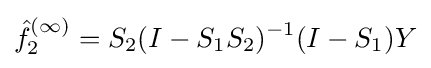
{\hat {f}}_{2}^{(\infty )}=S_{2}(I-S_{1}S_{2})^{-1}(I-S_{1})Y